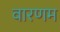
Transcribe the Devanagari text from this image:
वारणम